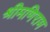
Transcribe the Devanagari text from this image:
श्रीमणिराम